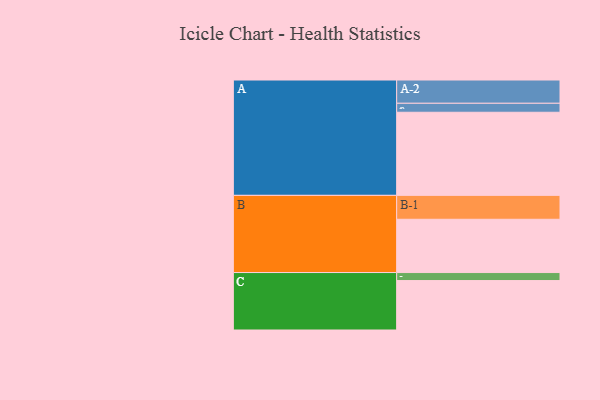
{"axis": {"x": "Segment", "y": "Value"}, "legend": ["", "A", "B", "C"], "data": [{"x": "A", "y": 518, "type": ""}, {"x": "B", "y": 332, "type": ""}, {"x": "C", "y": 308, "type": ""}, {"x": "A-1", "y": 56, "type": "A"}, {"x": "A-2", "y": 145, "type": "A"}, {"x": "B-1", "y": 149, "type": "B"}, {"x": "C-1", "y": 50, "type": "C"}]}